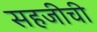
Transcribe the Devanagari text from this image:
सहजीची